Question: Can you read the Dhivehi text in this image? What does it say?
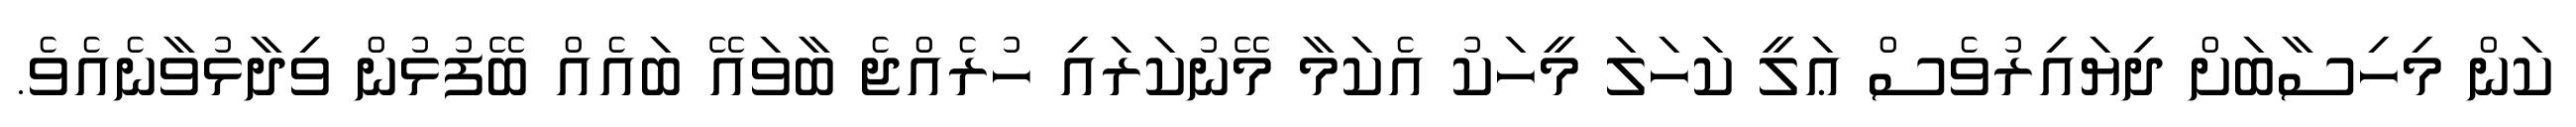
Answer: ކަން މިހިސާބަށް ދިޔައިރުވެސް ޢަލީ ކަހަލަ މީހަކު އެކަމާ މޭނުކަރައި ހުރެއްޖެ ބާވައޭ ބައެއް ބޭފުޅުން ވިދާޅުވާނެއެވެ.